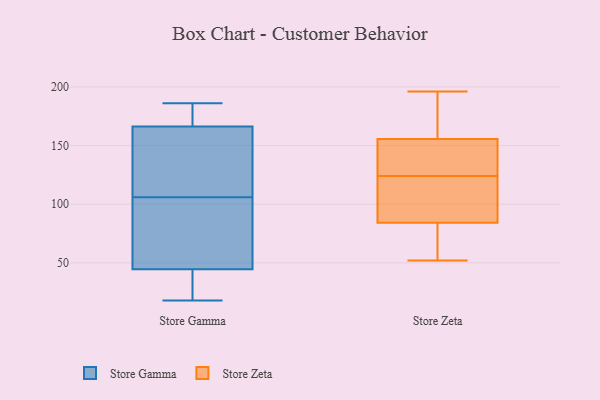
{"axis": {"x": "Website Visitors", "y": "Value"}, "legend": ["Store Gamma", "Store Zeta"], "data": [{"x": "", "y": 39, "type": "Store Gamma"}, {"x": "", "y": 22, "type": "Store Gamma"}, {"x": "", "y": 18, "type": "Store Gamma"}, {"x": "", "y": 176, "type": "Store Gamma"}, {"x": "", "y": 80, "type": "Store Gamma"}, {"x": "", "y": 119, "type": "Store Gamma"}, {"x": "", "y": 106, "type": "Store Gamma"}, {"x": "", "y": 186, "type": "Store Gamma"}, {"x": "", "y": 186, "type": "Store Gamma"}, {"x": "", "y": 137, "type": "Store Gamma"}, {"x": "", "y": 61, "type": "Store Gamma"}, {"x": "", "y": 131, "type": "Store Zeta"}, {"x": "", "y": 78, "type": "Store Zeta"}, {"x": "", "y": 52, "type": "Store Zeta"}, {"x": "", "y": 124, "type": "Store Zeta"}, {"x": "", "y": 60, "type": "Store Zeta"}, {"x": "", "y": 166, "type": "Store Zeta"}, {"x": "", "y": 142, "type": "Store Zeta"}, {"x": "", "y": 84, "type": "Store Zeta"}, {"x": "", "y": 105, "type": "Store Zeta"}, {"x": "", "y": 89, "type": "Store Zeta"}, {"x": "", "y": 192, "type": "Store Zeta"}, {"x": "", "y": 85, "type": "Store Zeta"}, {"x": "", "y": 196, "type": "Store Zeta"}, {"x": "", "y": 160, "type": "Store Zeta"}, {"x": "", "y": 131, "type": "Store Zeta"}]}